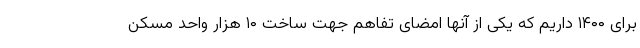
برای ۱۴۰۰ داریم که یکی از آنها امضای تفاهم جهت ساخت ۱۰ هزار واحد مسکن